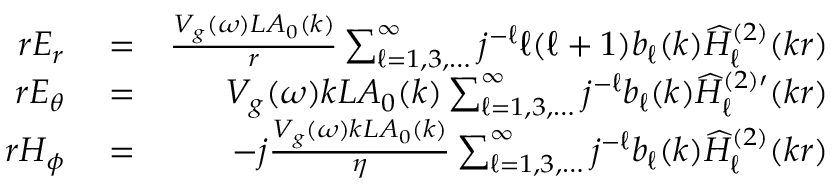
\begin{array} { r l r } { r E _ { r } } & { { } = } & { \frac { V _ { g } ( \omega ) L A _ { 0 } ( k ) } { r } \sum _ { \ell = 1 , 3 , \dots } ^ { \infty } j ^ { - \ell } \ell ( \ell + 1 ) b _ { \ell } ( k ) \widehat { H } _ { \ell } ^ { ( 2 ) } ( k r ) } \\ { r E _ { \theta } } & { { } = } & { V _ { g } ( \omega ) k L A _ { 0 } ( k ) \sum _ { \ell = 1 , 3 , \dots } ^ { \infty } j ^ { - \ell } b _ { \ell } ( k ) \widehat { H } _ { \ell } ^ { ( 2 ) \prime } ( k r ) } \\ { r H _ { \phi } } & { { } = } & { - j \frac { V _ { g } ( \omega ) k L A _ { 0 } ( k ) } { \eta } \sum _ { \ell = 1 , 3 , \dots } ^ { \infty } j ^ { - \ell } b _ { \ell } ( k ) \widehat { H } _ { \ell } ^ { ( 2 ) } ( k r ) } \end{array}